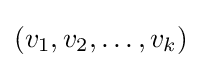
(v_{1},v_{2},\ldots ,v_{k})